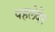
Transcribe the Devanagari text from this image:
पहलेदेर